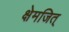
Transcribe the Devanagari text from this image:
क्षेमजित्